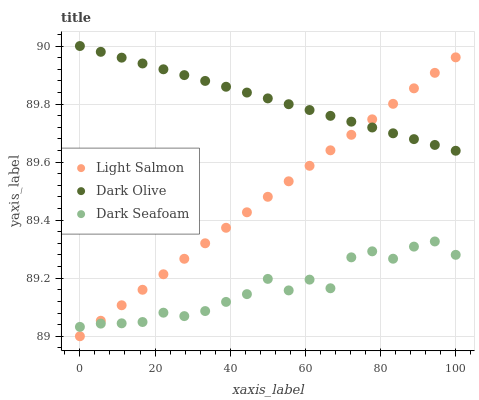
| xaxis_label | Light Salmon | Dark Olive | Dark Seafoam |
 | --- | --- | --- | --- |
 | 0 | 89 | 90 | 89 |
 | 5.56 | 89.1 | 90 | 89 |
 | 11.1 | 89.1 | 90 | 89 |
 | 16.7 | 89.2 | 89.9 | 89 |
 | 22.2 | 89.2 | 89.9 | 89.1 |
 | 27.8 | 89.3 | 89.9 | 89.1 |
 | 33.3 | 89.3 | 89.9 | 89.1 |
 | 38.9 | 89.4 | 89.9 | 89.1 |
 | 44.4 | 89.4 | 89.8 | 89.1 |
 | 50 | 89.5 | 89.8 | 89.2 |
 | 55.6 | 89.5 | 89.8 | 89.2 |
 | 61.1 | 89.6 | 89.8 | 89.2 |
 | 66.7 | 89.6 | 89.8 | 89.2 |
 | 72.2 | 89.7 | 89.7 | 89.3 |
 | 77.8 | 89.7 | 89.7 | 89.3 |
 | 83.3 | 89.8 | 89.7 | 89.3 |
 | 88.9 | 89.9 | 89.7 | 89.3 |
 | 94.4 | 89.9 | 89.7 | 89.3 |
 | 100 | 90 | 89.6 | 89.3 |